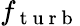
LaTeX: f_{\mathrm{~t~u~r~b~}}